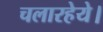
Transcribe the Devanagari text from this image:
चलारहेये।